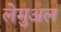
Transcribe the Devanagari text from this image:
लेमुअल